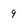
Character: 9